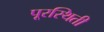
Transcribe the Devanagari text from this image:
पूरस्थिती